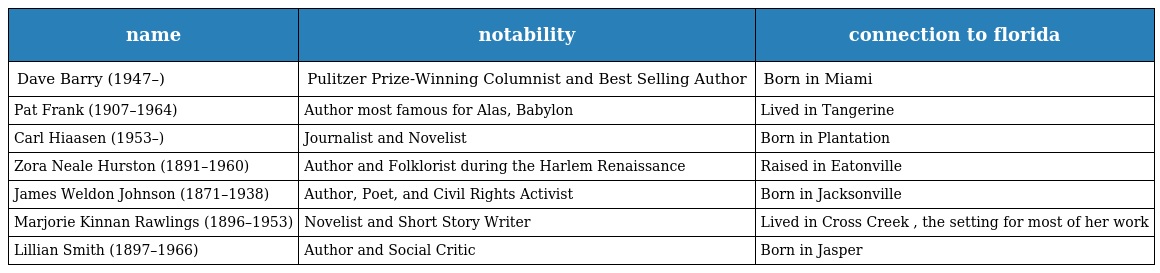
| name | notability | connection to florida |
 | --- | --- | --- |
 | Dave Barry (1947–) | Pulitzer Prize-Winning Columnist and Best Selling Author | Born in Miami |
 | Pat Frank (1907–1964) | Author most famous for Alas, Babylon | Lived in Tangerine |
 | Carl Hiaasen (1953–) | Journalist and Novelist | Born in Plantation |
 | Zora Neale Hurston (1891–1960) | Author and Folklorist during the Harlem Renaissance | Raised in Eatonville |
 | James Weldon Johnson (1871–1938) | Author, Poet, and Civil Rights Activist | Born in Jacksonville |
 | Marjorie Kinnan Rawlings (1896–1953) | Novelist and Short Story Writer | Lived in Cross Creek , the setting for most of her work |
 | Lillian Smith (1897–1966) | Author and Social Critic | Born in Jasper |